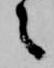
々